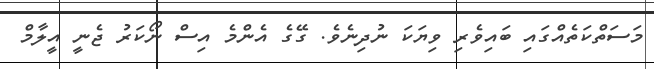
މަސަތްކަތެއްގައި ބައިވެރި ވިޔަކަ ނުދިނެވެ. ގޭގެ އެންމެ އިސް ނޯކަރު ޖެނީ އީލާމް